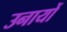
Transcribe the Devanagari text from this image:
उनायों